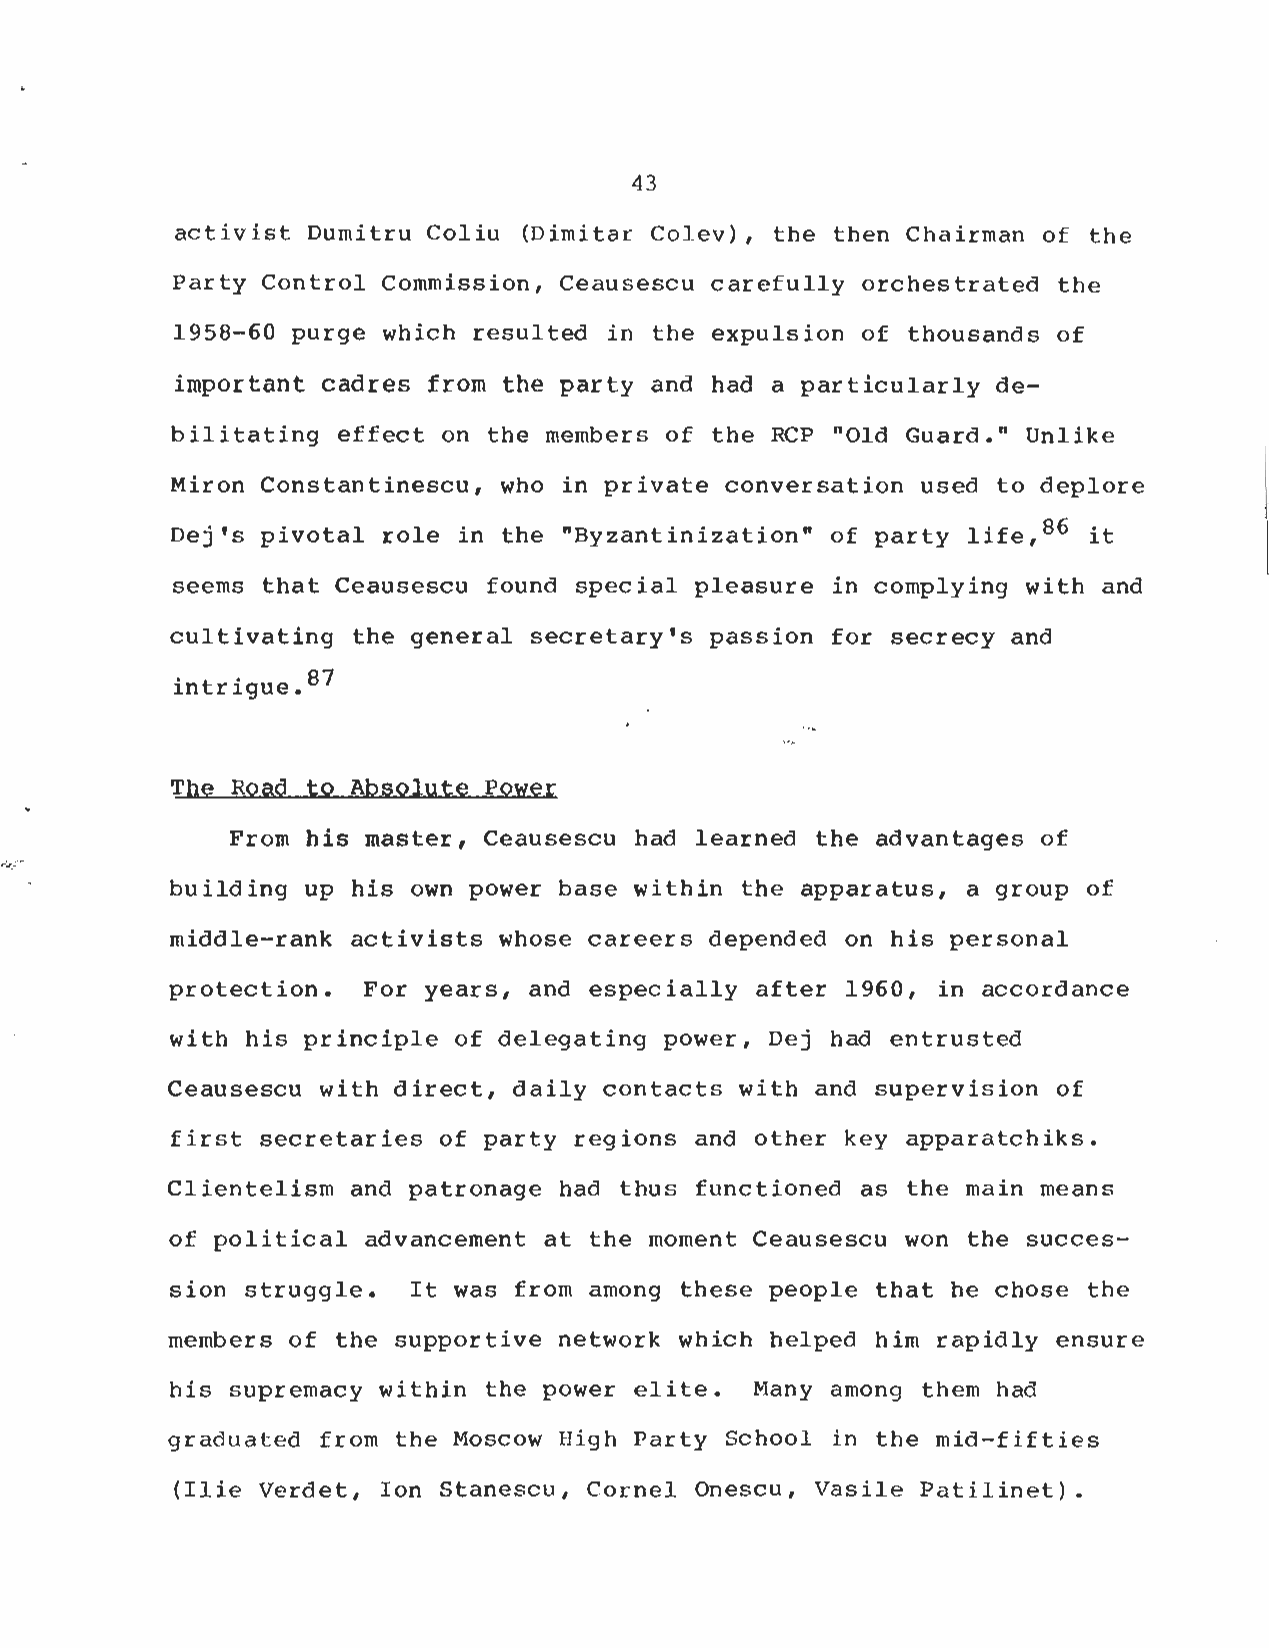
43
 activist Dumitru Coliu (Dimitar Colev), the then Chairman of th e
 Party Control Commission, Ceausescu carefully orchestrated th e
 1958-60 purge which resulted in the expulsion of thousands o f
 important cadres from the party and had a particularly de-
 bilitating effect on the members of the RCP "Old Guard ." Unlike
 Miron Constantinescu, who in private conversation used to deplor e
 Dej's pivotal role in the "Byzantinization" of party life, 86 it
 seems that Ceausescu found special pleasure in complying with an d
 cultivating the general secretary's passion for secrecy an d
 intrigue . 87
 The Road to Absolute Power
 From his master, Ceausescu had learned the advantages o f
 building up his own power base within the apparatus, a group o f
 middle-rank activists whose careers depended on his persona l
 protection . For years, and especially after 1960, in accordance
 with his principle of delegating power, Dej had entruste d
 Ceausescu with direct, daily contacts with and supervision o f
 first secretaries of party regions and other key apparatchiks .
 Clientelism and patronage had thus functioned as the main mean s
 of political advancement at the moment Ceausescu won the succes-
 sion struggle . It was from among these people that he chose the
 members of the supportive network which helped him rapidly ensur e
 his supremacy within the power elite . Many among them had
 graduated from the Moscow High Party School in the mid-fiftie s
 (Ilie Verdet, Ion Stanescu, Cornel Onescu, Vasile Patilinet) .